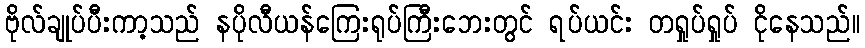
ဗိုလ်ချုပ်ပီးကာ့သည် နပိုလီယန်ကြေးရုပ်ကြီးဘေးတွင် ရပ်ယင်း တရှုပ်ရှုပ် ငိုနေသည်။